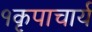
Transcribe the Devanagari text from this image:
१कृपाचार्य